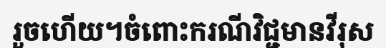
រួចហើយ។ចំពោះករណីវិជ្ជមានវីរុស